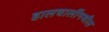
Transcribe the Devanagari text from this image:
हालचालींमधील